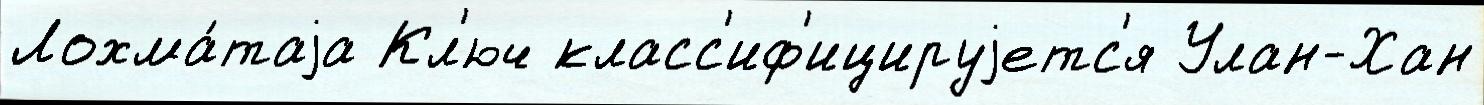
Лохма́таjа Кл'юч класс'иф'ицируjетс'я Улан-Хан